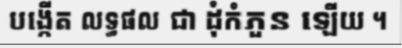
បង្កើត លទ្ធផល ជា ដុំកំភួន ឡើយ ។